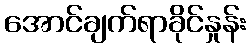
အောင်ချက်ရာခိုင်နှုန်း